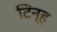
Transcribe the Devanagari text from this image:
टिन्ह